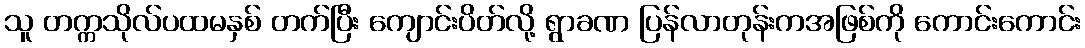
သူ တက္ကသိုလ်ပထမနှစ် တက်ပြီး ကျောင်းပိတ်လို့ ရွာခဏ ပြန်လာတုန်းကအဖြစ်ကို ကောင်းကောင်း